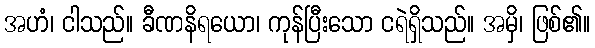
အဟံ၊ ငါသည်။ ခီဏနိရယော၊ ကုန်ပြီးသော ငရဲရှိသည်။ အမှိ၊ ဖြစ်၏။